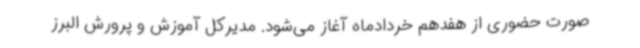
صورت حضوری از هفدهم خردادماه آغاز می‌شود. مدیرکل آموزش و پرورش البرز